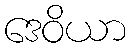
ဒေဝိယာ